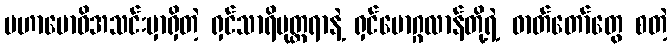
မဟာဗောဓိအသင်းမှာရှိတဲ့ ရှင်သာရိပုတ္တရာနဲ့ ရှင်မောဂ္ဂလာန်တို့ရဲ့ ဓာတ်တော်တွေ စတဲ့